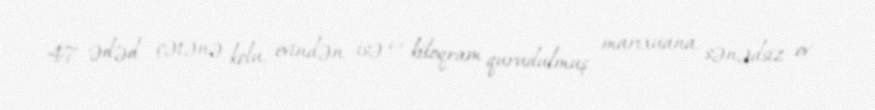
47 ədəd çətənə kolu, evindən isə 6 kiloqram qurudulmuş marixuana, sənədsiz ov